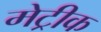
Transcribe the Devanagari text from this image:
मेट्रीक